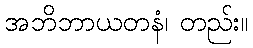
အဘိဘာယတနံ၊ တည်း။